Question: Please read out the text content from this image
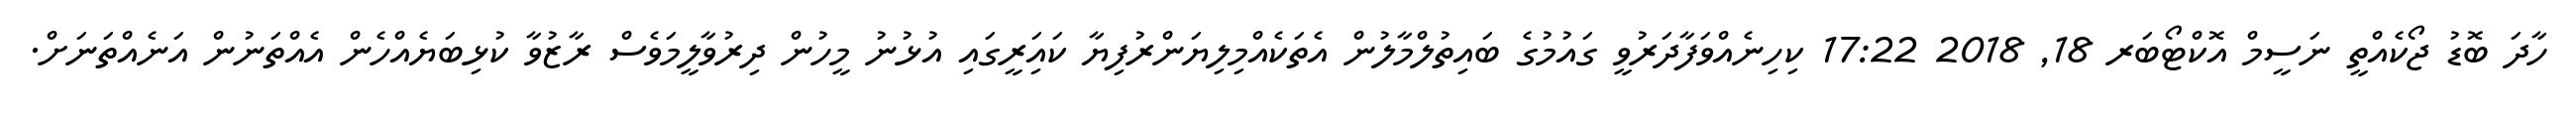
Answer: ހާދަ ބޮޑު ޖޯކެއްތީ ނަސީމް އޮކްޓޯބަރ 18, 2018 17:22 ކިހިނެއްވަފާދަރުވީ ގައުމުގެ ބައިތުލްމާލުން އެތަކެއްމިލިޔަންރުފިޔާ ކައަިރީގައި އުޅުނު މީހުން ދިރުވާލީމަވެސް ރާޒުވާ ކުޅިބަޔެއްހެން އެއްތަނުން އަނެއްތަނަށް.